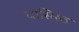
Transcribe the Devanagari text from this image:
वासिस्ठ